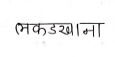
मजकूर: लकडखाना